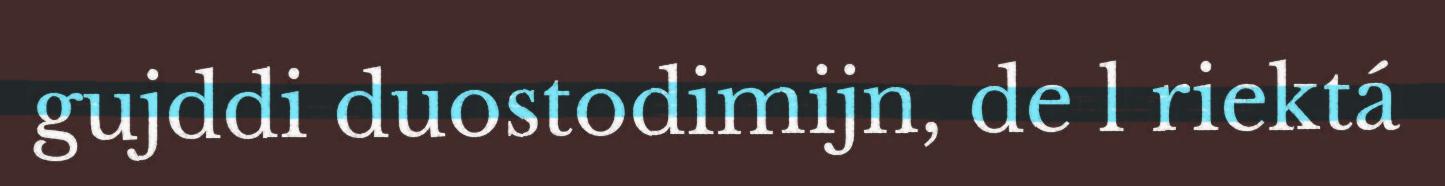
gujddi duostodimijn, de l riektá